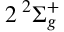
2 \phantom { A } \! \! \! ^ { 2 } \Sigma _ { g } ^ { + }